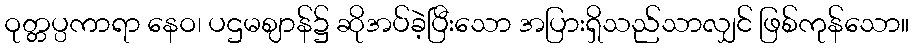
ဝုတ္တပ္ပကာရာ နေဝ၊ ပဌမဈာန်၌ ဆိုအပ်ခဲ့ပြီးသော အပြားရှိသည်သာလျှင် ဖြစ်ကုန်သော။